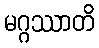
မဂ္ဂဿာတိ